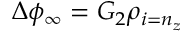
\Delta \phi _ { \infty } = G _ { 2 } \rho _ { i = n _ { z } }